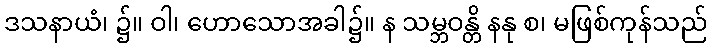
ဒသနာယံ၊ ၌။ ဝါ၊ ဟောသောအခါ၌။ န သမ္ဘဝန္တိ နနု စ၊ မဖြစ်ကုန်သည်